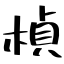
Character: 楨